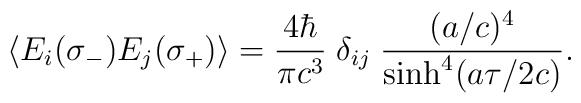
\langle E_{i}(\sigma _{-}) E_{j}(\sigma _{+}) \rangle = {4\hbar\over\pi c^3} \; \delta_{ij} \; {(a/c)^4 \over \sinh^4(a \tau/2c)}. \hfill\qquad\qquad